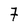
Character: 7